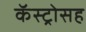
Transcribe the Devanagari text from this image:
कॅस्ट्रोसह